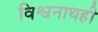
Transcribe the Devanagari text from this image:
विश्वनाथही